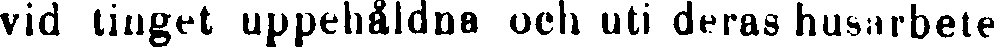
vid tinget uppehåldna och uti deras husarbete